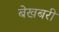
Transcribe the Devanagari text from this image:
बेखबरी